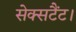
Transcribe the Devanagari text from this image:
सेक्सटैंट।